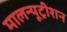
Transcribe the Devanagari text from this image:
मालन्यूट्रीशन